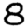
Digit: 8